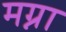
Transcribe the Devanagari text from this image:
मग्ना